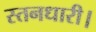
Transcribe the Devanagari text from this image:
स्तनधारी।